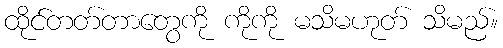
ထိုင်တတ်တာတွေကို ကိုကို မသိမဟုတ် သိမည်။